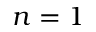
n = 1